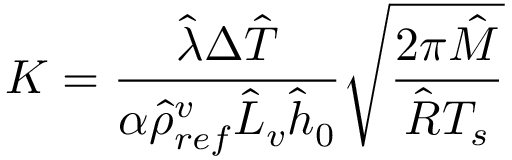
K = \frac { \hat { \lambda } \Delta \hat { T } } { \alpha \hat { \rho } _ { r e f } ^ { v } \hat { L } _ { v } \hat { h } _ { 0 } } \sqrt { \frac { 2 \pi \hat { M } } { \hat { R } T _ { s } } }